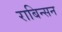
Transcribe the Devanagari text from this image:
राबिन्सन